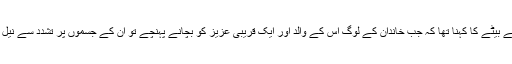
متاثر شخص کے بیٹے کا کہنا تھا کہ جب خاندان کے لوگ اس کے والد اور ایک قریبی عزیز کو بچانے پہنچے تو ان کے جسموں پر تشدد سے نیل پڑ چکے تھے۔